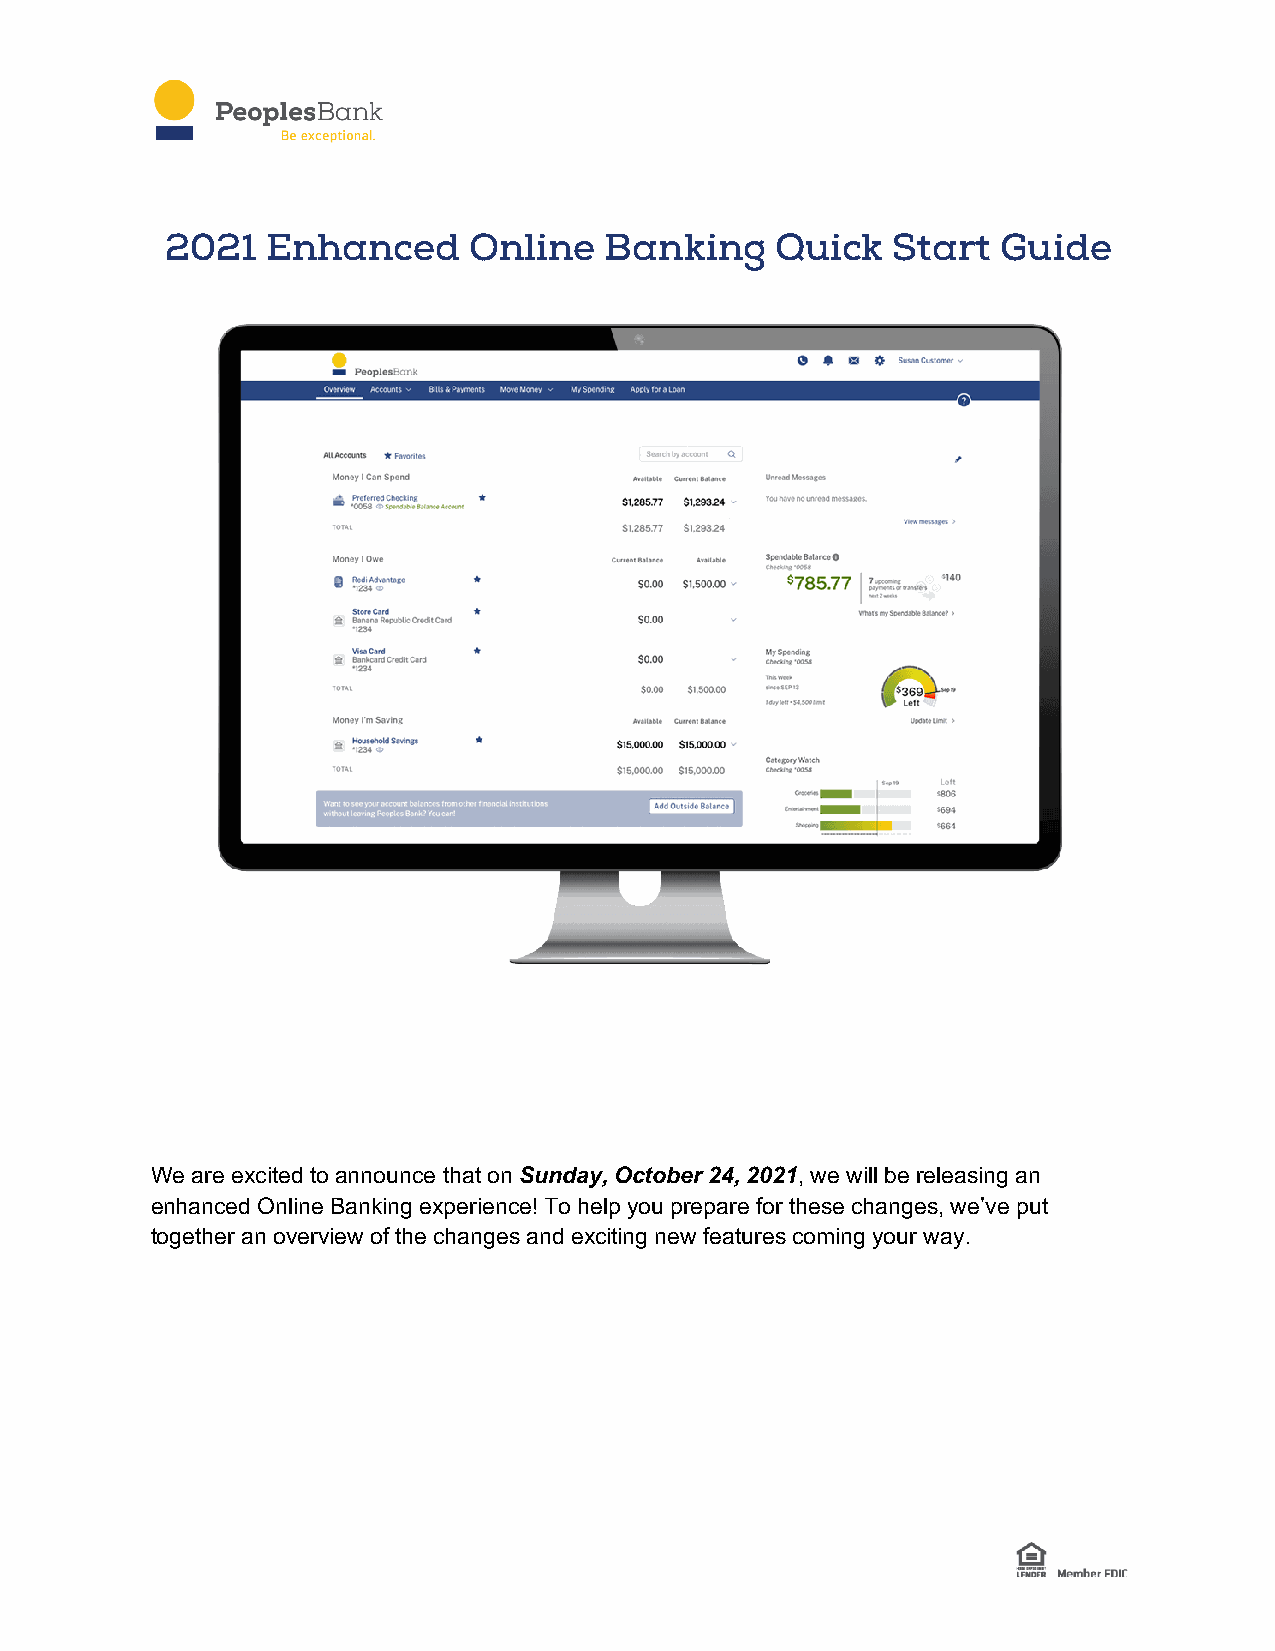
2021   Enhanced     Online   Banking    Quick   Start  Guide
 We are excited to announce that on Sunday, October 24, 2021, we will be releasing an
 enhanced Online Banking experience! To help you prepare for these changes, we’ve put
 together an overview of the changes and exciting new features coming your way.